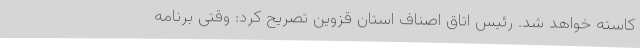
کاسته خواهد شد. رئیس اتاق اصناف استان قزوین تصریح کرد: وقتی برنامه